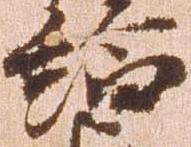
給